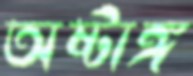
অষ্টাঙ্গ